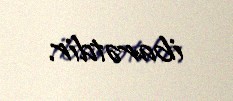
ibarətdir.